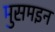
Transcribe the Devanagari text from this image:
मुसमइन